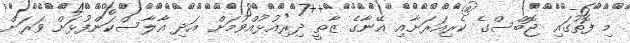
މި ފޮތުގައި ޖޮބްސްގެ ކެރިއަރަށާއި އޭނާގެ ޒާތީ ދިރިއުޅުއްވުމަށް އަދި އާލާސްކަންފުޅަށް ވަރަށް